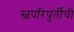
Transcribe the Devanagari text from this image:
स्वपरिपूर्तीची